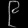
Digit: ၉